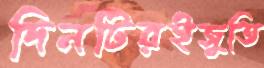
দিনটিরইজুতি